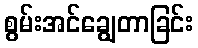
စွမ်းအင်ချွေတာခြင်း